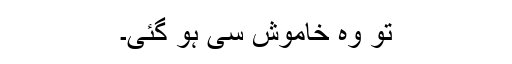
تو وہ خاموش سی ہو گئی۔